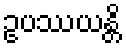
ဥပဿယန္တိ